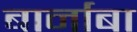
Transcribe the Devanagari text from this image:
बार्नाबा